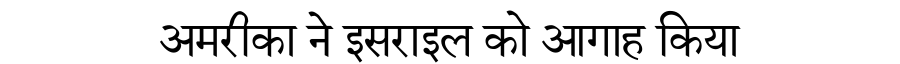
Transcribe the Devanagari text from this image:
अमरीका ने इसराइल को आगाह किया